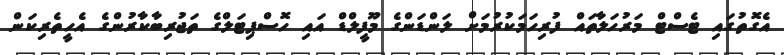
އެގޮތުގައި ޓެސްޓް މަރުހަލާތައް ފުރިހަމަކުރުމަށް ލަންޑަންގެ މޫފީލްޑް އައި ހޮސްޕިޓަލްގެ ތަޖުރިބާކާރުންގެ އެހީތެރިކަން